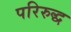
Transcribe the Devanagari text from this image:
परिरुद्ध